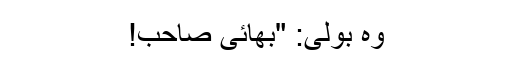
وہ بولی: "بھائی صاحب!